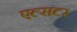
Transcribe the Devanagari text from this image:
एल्सटर